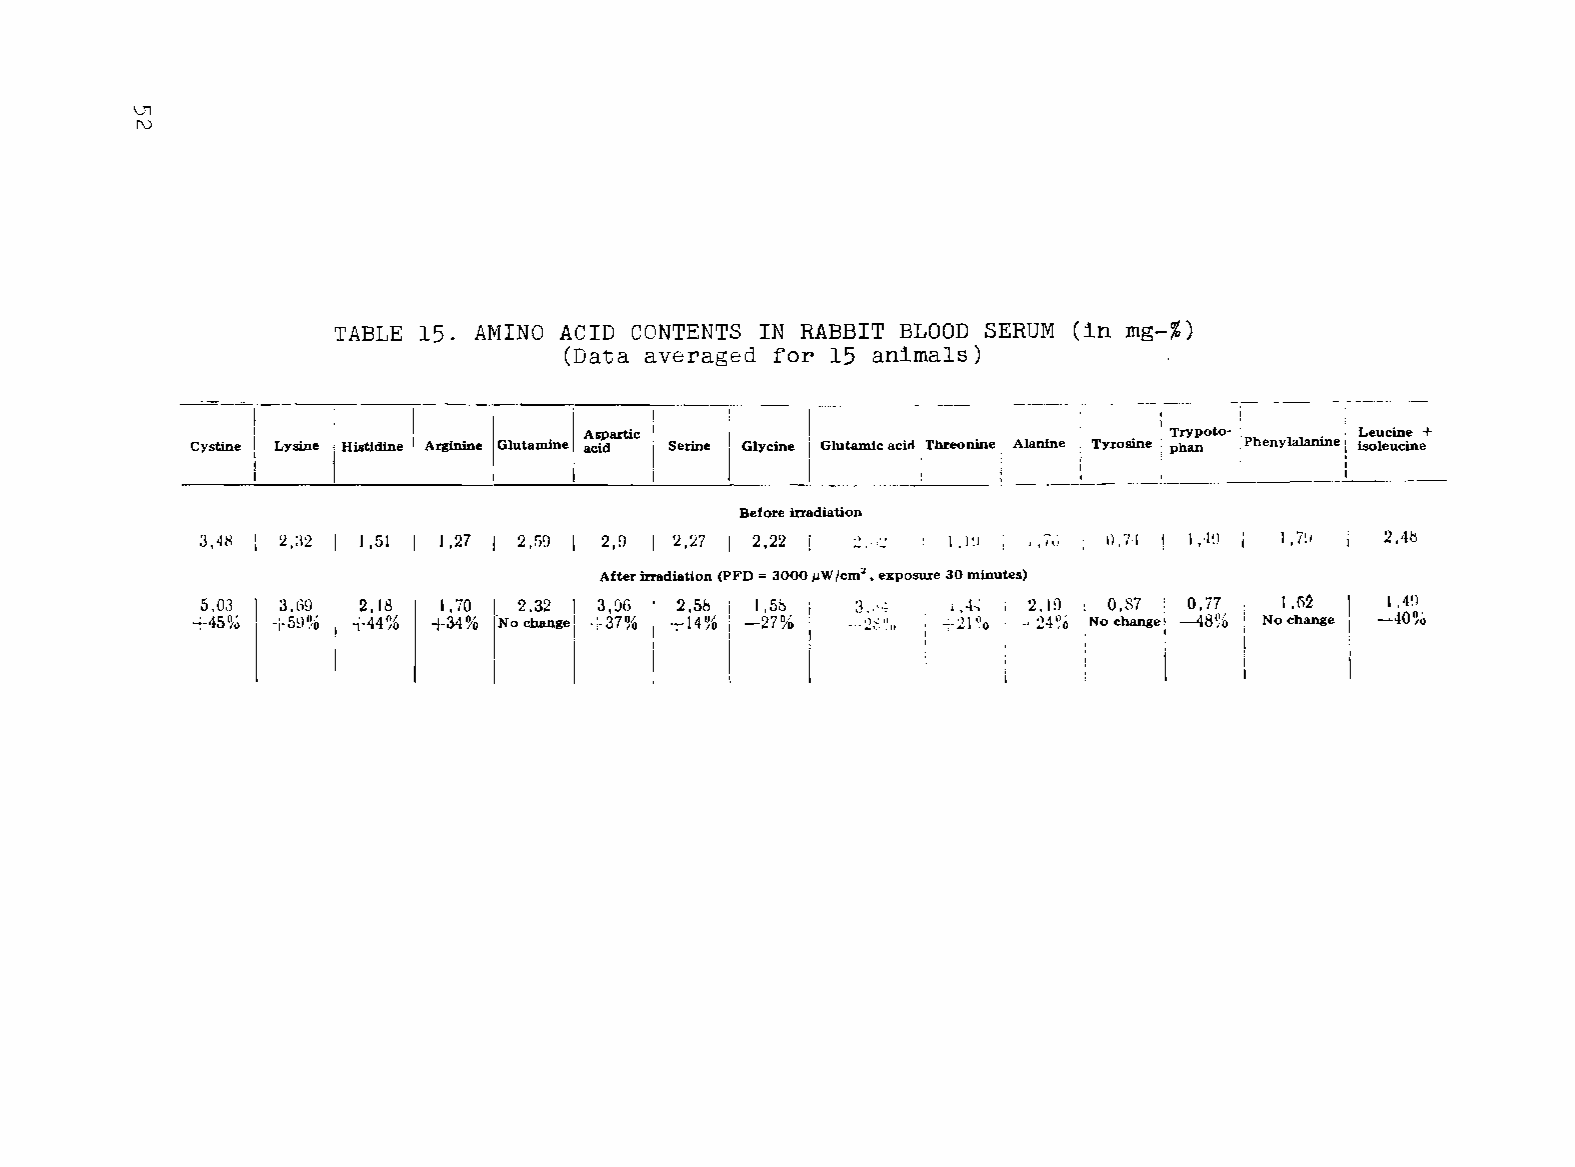
V1
 I'\)
 TABLE 15. AMINO ACID CONTENTS IN RABBIT BLOOD SERUM (in mg-%)
 (Data averaged for 15 animals)
 I
 I                                       Trypoto- I  Leucine +
 Cystine Lysine iI Histidlne Arginine Glutamine. Aacsipda rtic Serine Glycine Glutamic aciri Tbreonine Alanine Tyrosine pban [PbenYlalanine isoleucine
 I               I                                           I
 Before ilTadiation
 3,41{ 2,:l2 1.51 1,27 2.f)0 2,0 I 2,27 2.22  ;:.: I • 1~ I j fit) 0:",1 1,4'.1 1.7:1 2.40
 After irradiation (PFD = 3000 p.W/em' • exposure 30 minutes)
 5,0.'3     2.18 1.70 2.32 I     2,58 i 1,50 3. ,. . ;  2.lD  0.$7 1 0.77 I.M
 +45%      -H4%  +34%  Changei   +14% ; -27% -·,,2~,(,li) ,,)0 ~ _. 24~o Cbangei -48% No cbange
 I